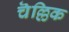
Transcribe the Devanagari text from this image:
चॆल्लिक